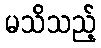
မသိသည့်